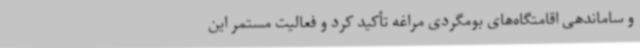
و ساماندهی اقامتگاه‌های بومگردی مراغه تأکید کرد و فعالیت مستمر این